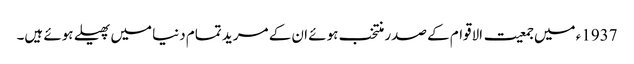
1937ء میں جمعیت الاقوام کے صدر منتخب ہوئے ان کے مرید تمام دنیا میں پھیلے ہوئے ہیں۔